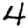
Digit: 4